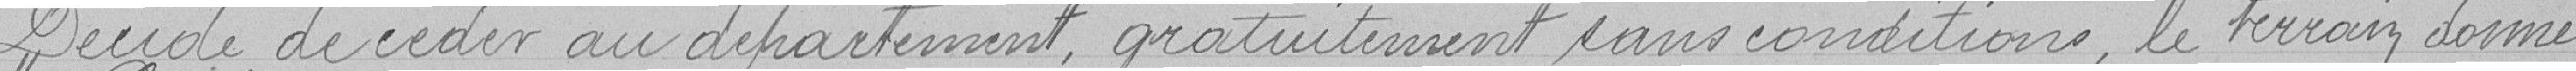
Décide de céder au département, gratuitement sans conditions, le terrain donné